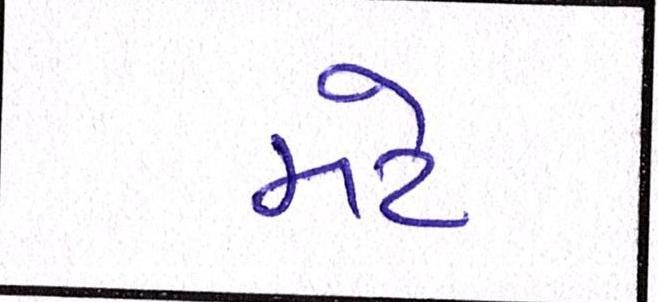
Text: મટે